system: You are a helpful assistant.
user:
Analyze the provided spectrum to determine if it is a **Carbon Star (C-type)**.

- **Key Visual Indicators of Carbon Star:**
    - **(Primary):** Strong molecular absorption from **C₂ (diatomic carbon) "Swan Bands."** This is the **defining feature** of a carbon star.
        - **(Key Bandheads):** Sharp absorption edges are visible at approximately $5635$ Å, $5165$ Å (the strongest band), and $4737$ Å.
        - **(Line Profile):** Creates a distinct **"saw-tooth"** pattern. The key morphology is a sharp, steep bandhead on the **red (long-wavelength) side**, which then gradually tapers off (i.e., flux recovers) towards the **blue (short-wavelength) side**. *(This is the direct opposite of the TiO bands seen in M-type stars)*.

    - **(Secondary):** Intense **CN (cyanogen)** molecular absorption bands.
        - **(Key Bandheads):** Located in the blue and violet regions of the spectrum (e.g., near $4215$ Å and $3883$ Å).
        - **(Morphology):** These bands are extremely broad and act as a "blanket," absorbing the vast majority of blue and violet light. This creates a characteristic **"cliff"** or **"steep drop-off"** in the spectrum's flux at short wavelengths.

    - **(Key Confirmation):** Strong **CH absorption band (G-band)**.
        - **(Key Bandhead):** Located around $4300$ Å. The contribution from CH molecules to this band is exceptionally strong.

    - **(Overall Spectrum):**
        - The continuum is severely "chopped up" by these deep molecular bands, especially C₂, rather than appearing as a smooth curve.
        - Due to the heavy CN and C₂ absorption in the blue-green, the vast majority of the star's flux is concentrated in the red part of the spectrum, giving the star its characteristic deep red color.

Think first, call **spectral_visualization_tool** if needed to examine features in detail, then provide your final answer. Your response must adhere to the following strict rules:
1.  **Overall Structure:** Your response must follow the format `<think>...</think> <tool_call>...</tool_call> (if a tool is used) <answer>...</answer>`.
2.  **Tool Usage Constraint:** You may only make **one** tool call per turn.
3.  **Final Answer Format:** In the `<answer>` tag, your conclusion must be inside a `\boxed{}` command (e.g., `\boxed{YES}`), followed by your justification.

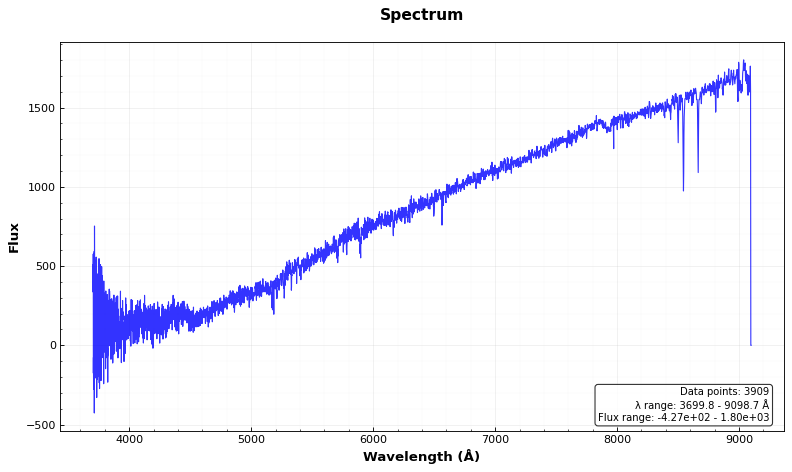
Answer: NO